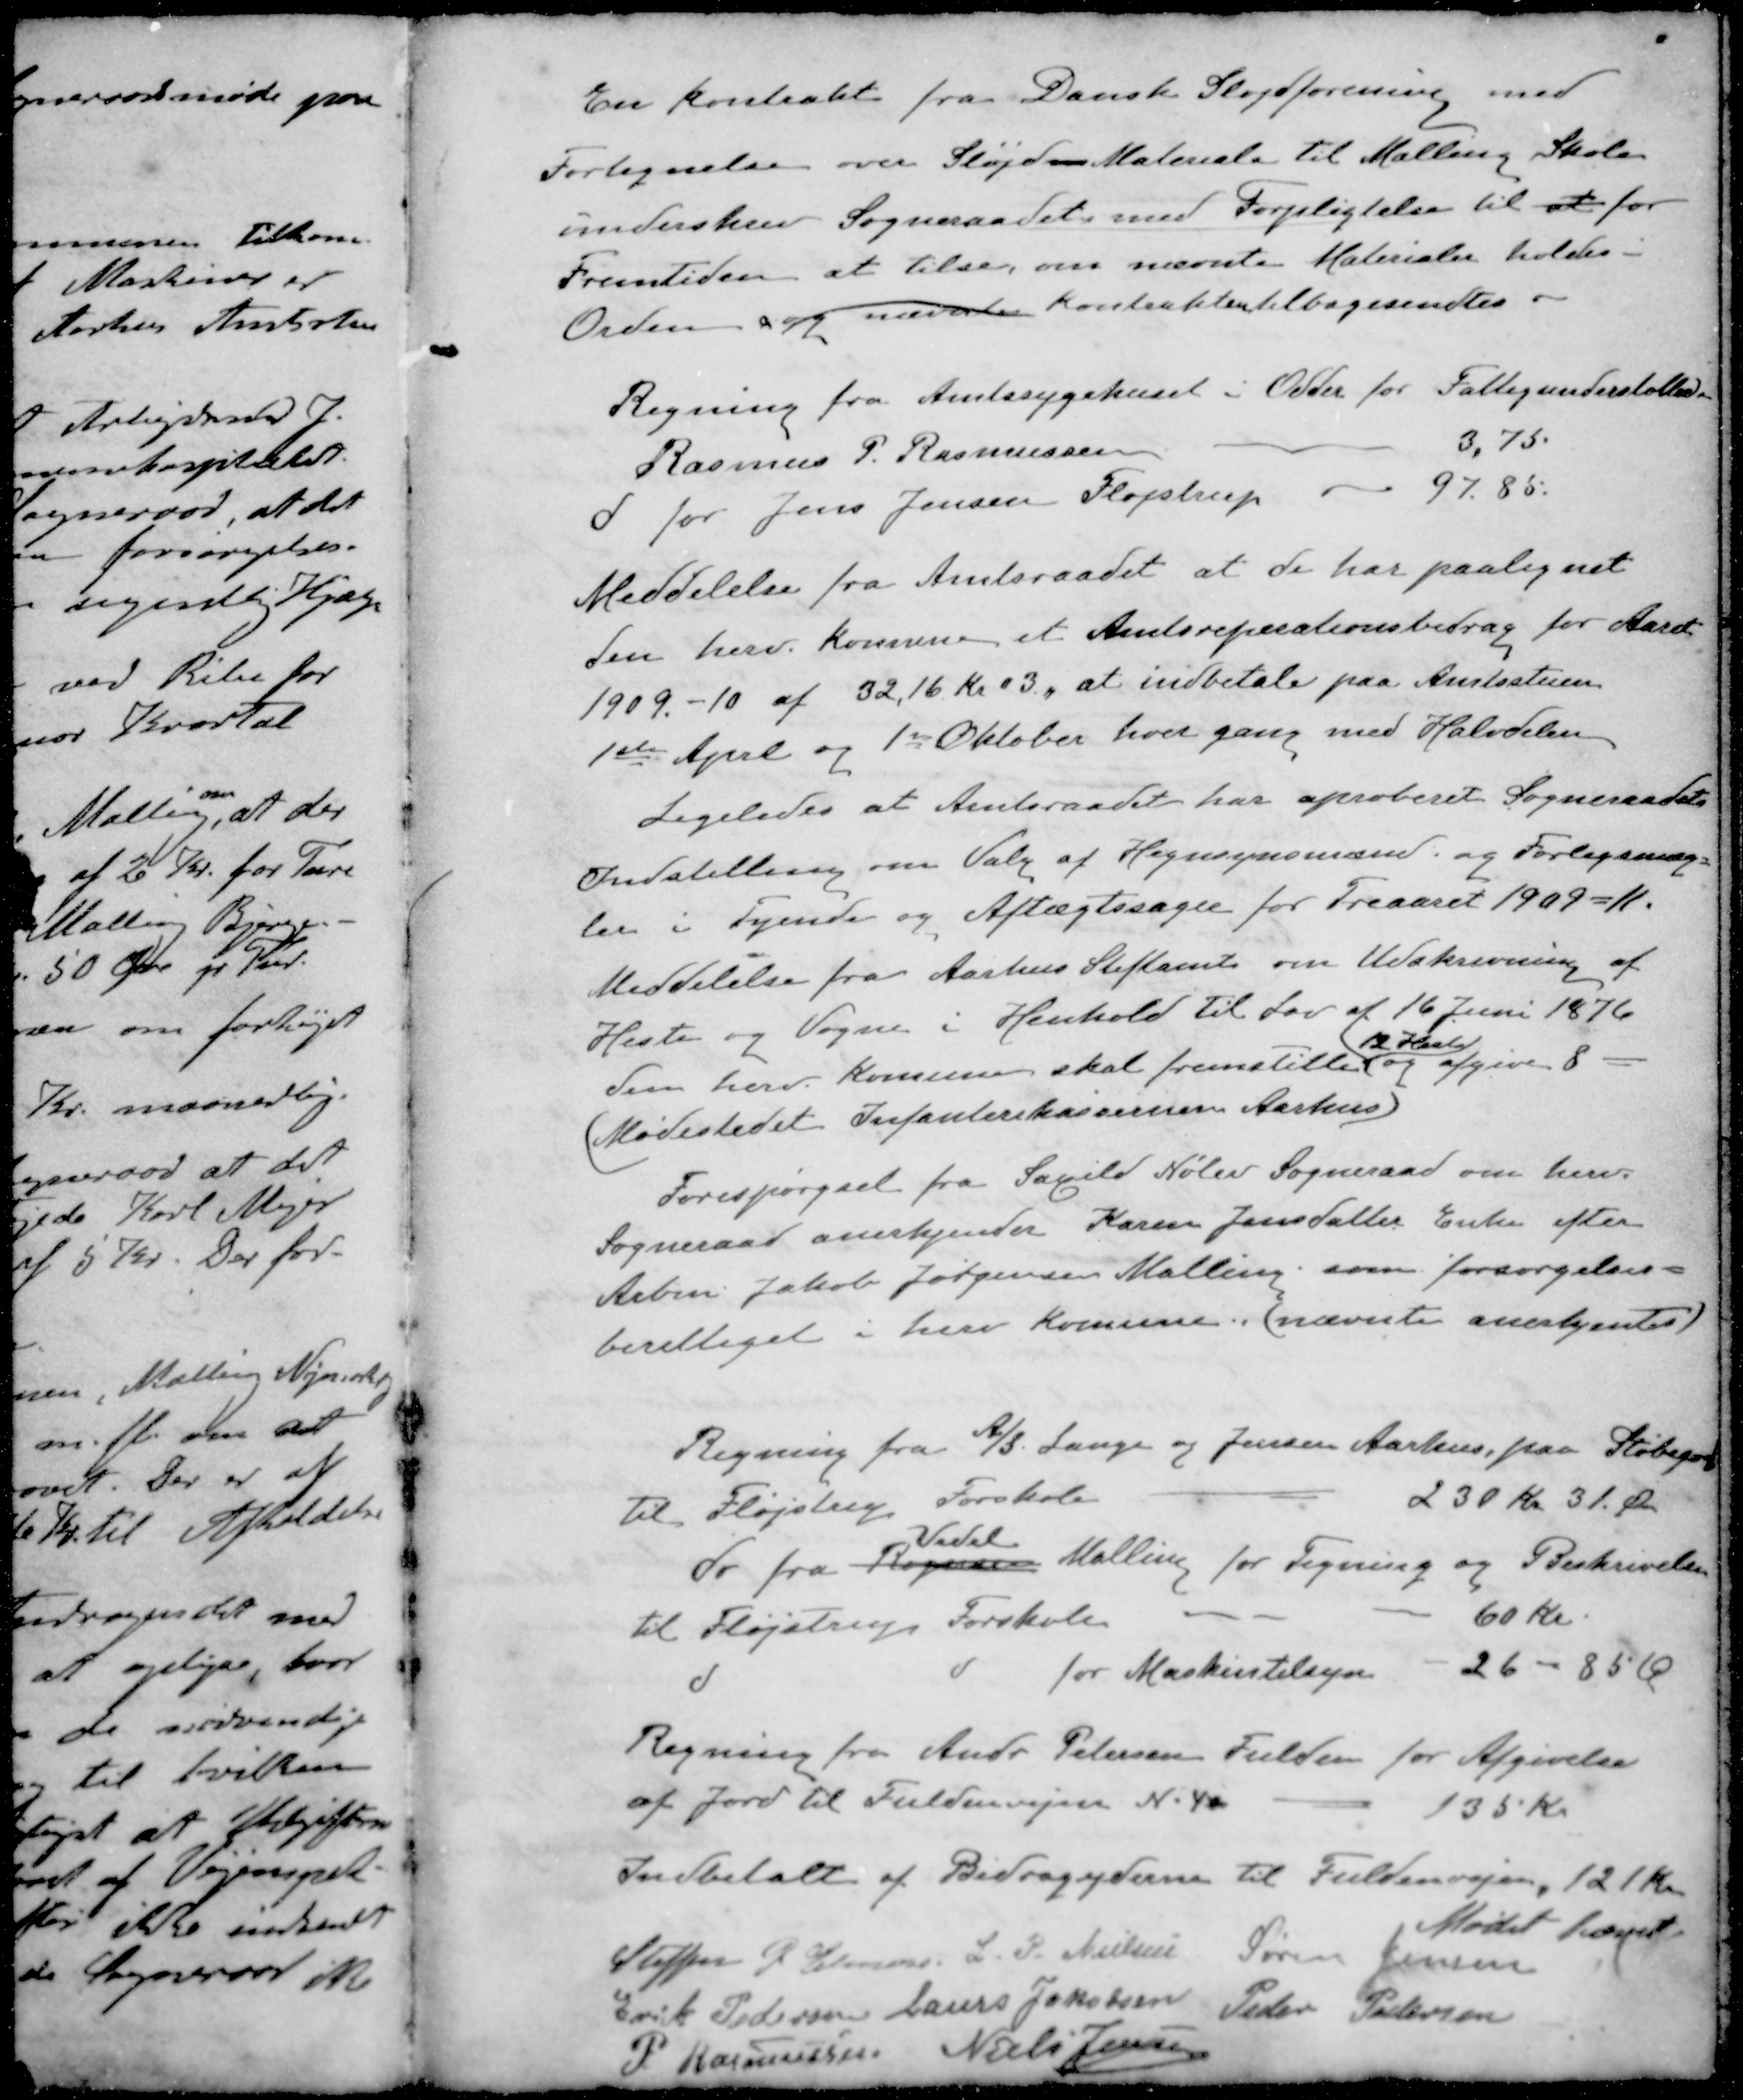
Transskription:
En kontrakt fra Dansk Sløjdforening med
Fortegnelse over Sløjd-Materiale til Malling Skole
underskrev Sogneraadet med Forpligtelse til at for
Fremtiden at tilse om nævnte Materialer holdes i
Orden og nævnte Kontrakten tilbagesendtes.
Regning fra Amtssygehuset i Odder for Fattigunderstøttelse
Rasmus P. Rasmussen
3,75
d for Jens Jensen Fløjstrup
97.85.
Meddelelse fra Amtsraadet at de har paalignet
den herv. Kommune et Amtsreparationsbidrag for Aaret
1909-10 af 3216 Kr 03, at indbetale paa Amtsstuen
1ste April og 1st Oktober hver gang med Halvdelen
Ligeledes at Amtsraadet har aproberet Sogneraadets
Indstilling om Valg af Hegnsynsmænd og Forligsmæg -
ler i Tyende og Aftægtssager for Treaaret 1909-11.
Meddelelse fra Aarhus Stiftamt om Udskrivning af
Heste og Vogne i Henhold til Lov af 16 Juni 1876
12 Heste
den herv. Komune skal fremstille og afgive 8 -
Mødestedet Infanterekassernen Aarhus
Forespørgsel fra Saxild Nølev Sogneraad om herv.
Sogneraad anerkjender Karen Jensdatter Enke efter
Arbm Jakob Jørgensen Malling som forsørgelses-
berettiget i herv Komune. (nævnte anerkentes)
Regning fra A/S. Lange og Jensen Aarhus, paa Støbegods
til Fløjstrup Forskole
230 Kr. 31 Øre
Vedel
do fra Rogersen Malling for Tegning og Beskrivelse
til Fløjstrup Forskole
60 kr.
d d for Maskintilsyn
26 - 85 Ø
Regning fra Andr Petersen Fulden for Afgivelse
af Jord til Fuldenvejen N. 40
135 Kr
Indbetalt af Bidragyderne til Fuldenvejen, 121 Kr.
Mødet hævet
Steffen P. Elmose
 L. P. Nielsen
Søren Jensen
Erik Pedersen
Laurs Jakobsen
Peder Pedersen
P Rasmussen
Niels Jensen